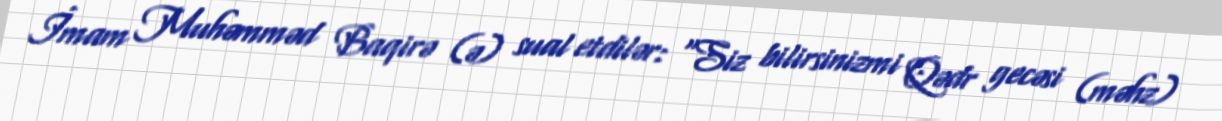
İmam Muhəmməd Baqirə (ə) sual etdilər: “Siz bilirsinizmi Qədr gecəsi (məhz)